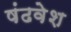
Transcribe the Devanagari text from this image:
षंढवेश